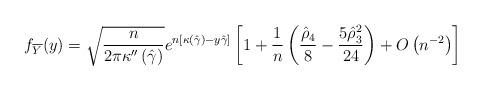
LaTeX: \begin{align*} f_{\overline{Y}}(y) = \sqrt{\frac{n}{2\pi \kappa''\left(\hat{\gamma}\right)}} e^{n\left[ \kappa\left(\hat{\gamma}\right) - y \hat{\gamma} \right]} \left[ 1 + \frac{1}{n} \left( \frac{\hat{\rho}_4}{8} - \frac{5 \hat{\rho}_3^2}{24}\right) + O\left(n^{-2}\right) \right] \end{align*}